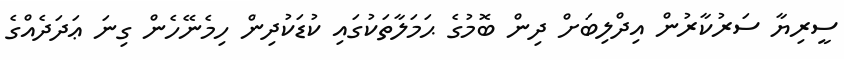
ސީރިޔާ ސަރުކާރުން އިދްލިބަށް ދިން ބޮމުގެ ޙަމަލާތަކުގައި ކުޑަކުދިން ހިމެނޭހެން ގިނަ ޢަދަދެއްގެ